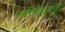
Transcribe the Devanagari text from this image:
याचिकेपासून